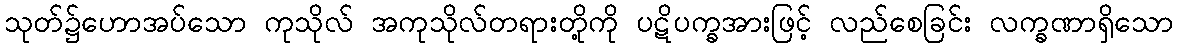
သုတ်၌ဟောအပ်သော ကုသိုလ် အကုသိုလ်တရားတို့ကို ပဋိပက္ခအားဖြင့် လည်စေခြင်း လက္ခဏာရှိသော